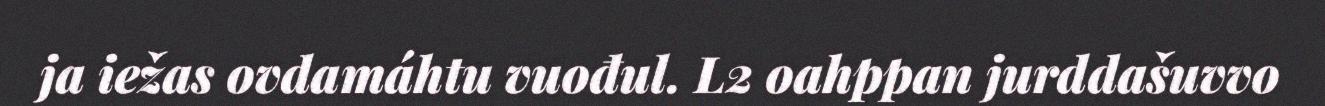
ja iežas ovdamáhtu vuođul. L2 oahppan jurddašuvvo